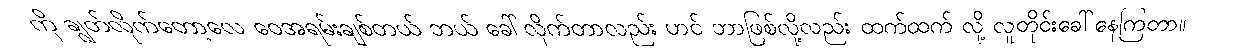
ကို ချွတ်လိုက်တော့လေ ဝေအရမ်းချစ်တယ် ဘယ် ခေါ်လိုက်တာလည်း ဟင် ဘာဖြစ်လို့လည်း ထက်ထက် လို့ လူတိုင်းခေါ်နေကြတာ။